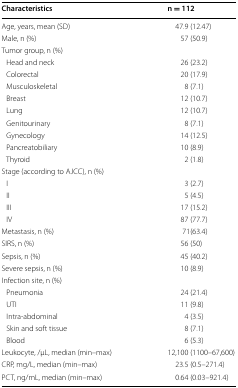
<table><thead><tr><td><b>Characteristics</b></td><td><b>n = 112</b></td></tr></thead><tbody><tr><td>Age, years, mean (SD)</td><td>47.9 (12.47)</td></tr><tr><td>Male, n (%)</td><td>57 (50.9)</td></tr><tr><td colspan="2">Tumor group, n (%)</td></tr><tr><td> Head and neck</td><td>26 (23.2)</td></tr><tr><td> Colorectal</td><td>20 (17.9)</td></tr><tr><td> Musculoskeletal</td><td>8 (7.1)</td></tr><tr><td> Breast</td><td>12 (10.7)</td></tr><tr><td> Lung</td><td>12 (10.7)</td></tr><tr><td> Genitourinary</td><td>8 (7.1)</td></tr><tr><td> Gynecology</td><td>14 (12.5)</td></tr><tr><td> Pancreatobiliary</td><td>10 (8.9)</td></tr><tr><td> Thyroid</td><td>2 (1.8)</td></tr><tr><td colspan="2">Stage (according to AJCC), n (%)</td></tr><tr><td> I</td><td>3 (2.7)</td></tr><tr><td> II</td><td>5 (4.5)</td></tr><tr><td> III</td><td>17 (15.2)</td></tr><tr><td> IV</td><td>87 (77.7)</td></tr><tr><td>Metastasis, n (%)</td><td>71(63.4)</td></tr><tr><td>SIRS, n (%)</td><td>56 (50)</td></tr><tr><td>Sepsis, n (%)</td><td>45 (40.2)</td></tr><tr><td>Severe sepsis, n (%)</td><td>10 (8.9)</td></tr><tr><td colspan="2">Infection site, n (%)</td></tr><tr><td> Pneumonia</td><td>24 (21.4)</td></tr><tr><td> UTI</td><td>11 (9.8)</td></tr><tr><td> Intra-abdominal</td><td>4 (3.5)</td></tr><tr><td> Skin and soft tissue</td><td>8 (7.1)</td></tr><tr><td> Blood</td><td>6 (5.3)</td></tr><tr><td>Leukocyte, /μL, median (min–max)</td><td>12,100 (1100–67,600)</td></tr><tr><td>CRP, mg/L, median (min–max)</td><td>23.5 (0.5–271.4)</td></tr><tr><td>PCT, ng/mL, median (min–max)</td><td>0.64 (0.03–921.4)</td></tr></tbody></table>